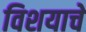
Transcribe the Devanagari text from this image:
विशयाचे